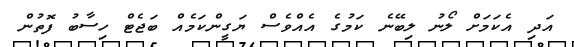
އަދި އެކަމަށް ލޯނު ލިބޭނެ ކަމުގެ އެއްވެސް ޔަގީންކަމެއް ބަޖެޓް ހިސާބު ފޮތުން